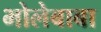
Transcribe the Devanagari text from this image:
भोलेबाबा